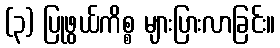
(၃) ပြုဖွယ်ကိစ္စ များပြားလာခြင်း။